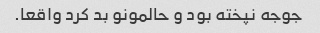
جوجه نپخته بود و حالمونو بد کرد واقعا.